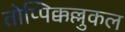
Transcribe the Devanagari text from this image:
तोप्पिक्कल्लुकल